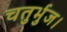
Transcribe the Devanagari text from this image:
चतुर्भुज।